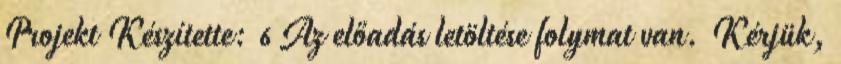
Projekt Készítette: 6 Az előadás letöltése folymat van. Kérjük,